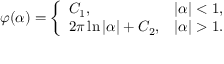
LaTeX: \varphi ( \alpha ) = { \left\{ \begin{array} { l l } { C _ { 1 } , } & { | \alpha | < 1 , } \\ { 2 \pi \ln | \alpha | + C _ { 2 } , } & { | \alpha | > 1 . } \end{array} \right. }